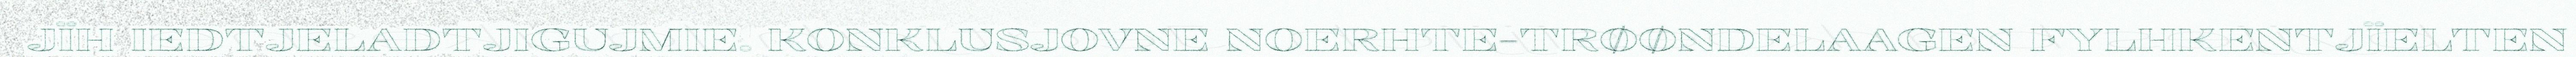
JÏH IEDTJELADTJIGUJMIE. KONKLUSJOVNE NOERHTE-TRØØNDELAAGEN FYLHKENTJÏELTEN